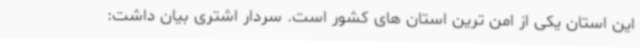
این استان یکی از امن ترین استان های کشور است. سردار اشتری بیان داشت: